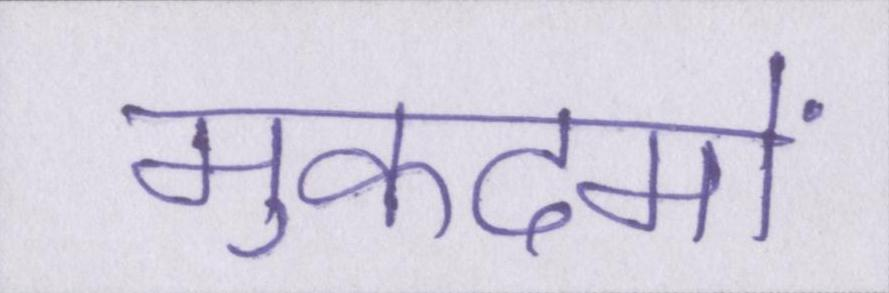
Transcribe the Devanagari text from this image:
मुकदमों